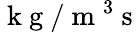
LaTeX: \mathrm{~k~g~}/\mathrm{~m~}^{3}\mathrm{~s~}